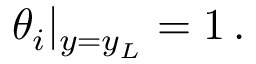
\theta _ { i } \rvert _ { y = y _ { L } } = 1 \, .